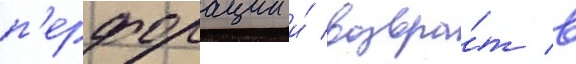
п'ерфорации и́ возвра́т в